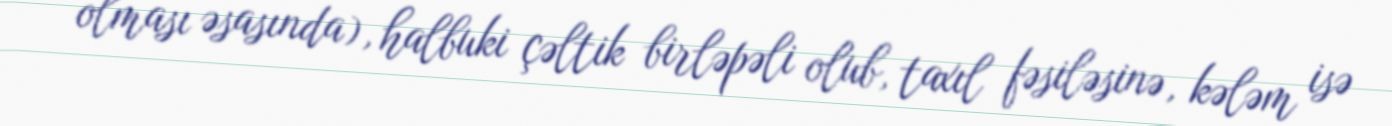
olması əsasında), halbuki çəltik birləpəli olub, taxıl fəsiləsinə, kələm isə